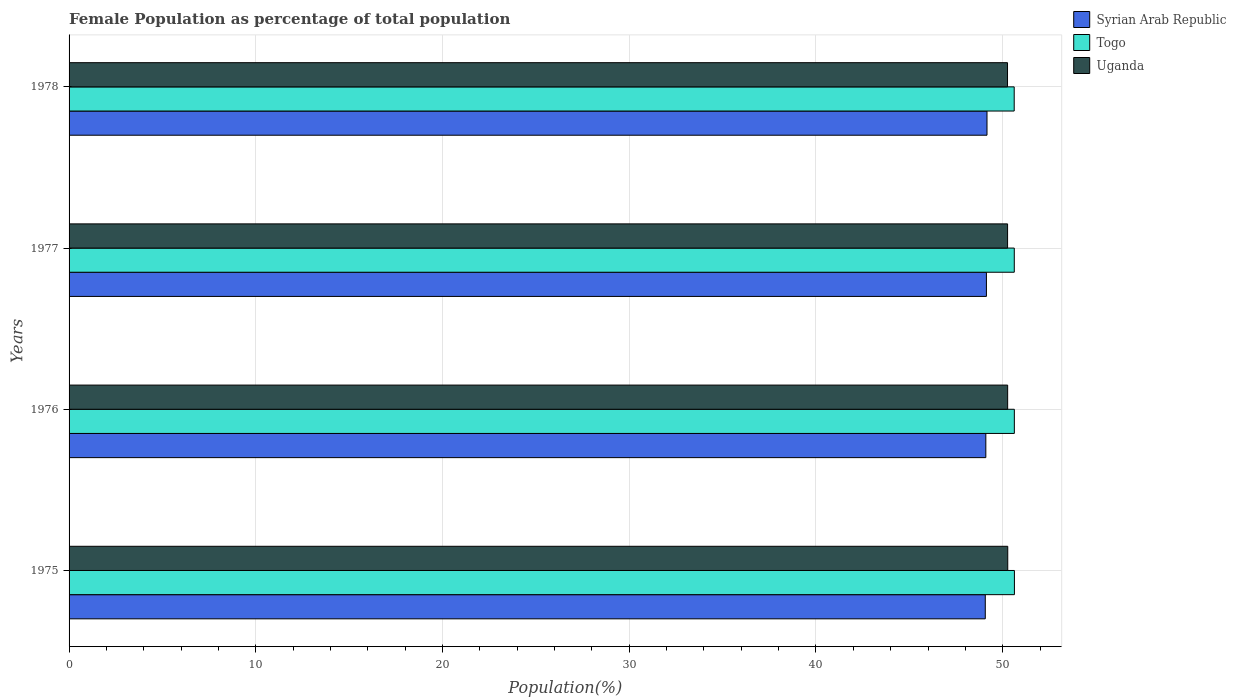
| Years | Syrian Arab Republic | Togo | Uganda |
 | --- | --- | --- | --- |
 | 1975 | 49.1 | 50.6 | 50.3 |
 | 1976 | 49.1 | 50.6 | 50.3 |
 | 1977 | 49.1 | 50.6 | 50.3 |
 | 1978 | 49.2 | 50.6 | 50.3 |